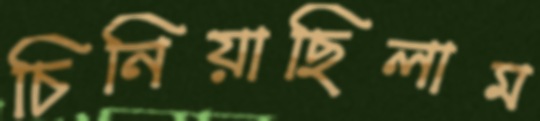
চিনিয়াছিলাম